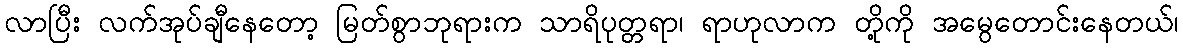
လာပြီး လက်အုပ်ချီနေတော့ မြတ်စွာဘုရားက သာရိပုတ္တရာ၊ ရာဟုလာက တို့ကို အမွေတောင်းနေတယ်၊